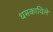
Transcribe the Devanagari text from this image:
धमकाविले